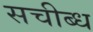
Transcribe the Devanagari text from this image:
सचीब्ध